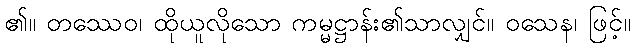
၏။ တဿေဝ၊ ထိုယူလိုသော ကမ္မဋ္ဌာန်း၏သာလျှင်။ ဝသေန၊ ဖြင့်။